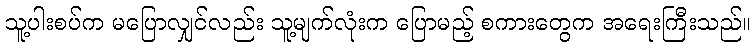
သူ့ပါးစပ်က မပြောလျှင်လည်း သူ့မျက်လုံးက ပြောမည့် စကားတွေက အရေးကြီးသည်။